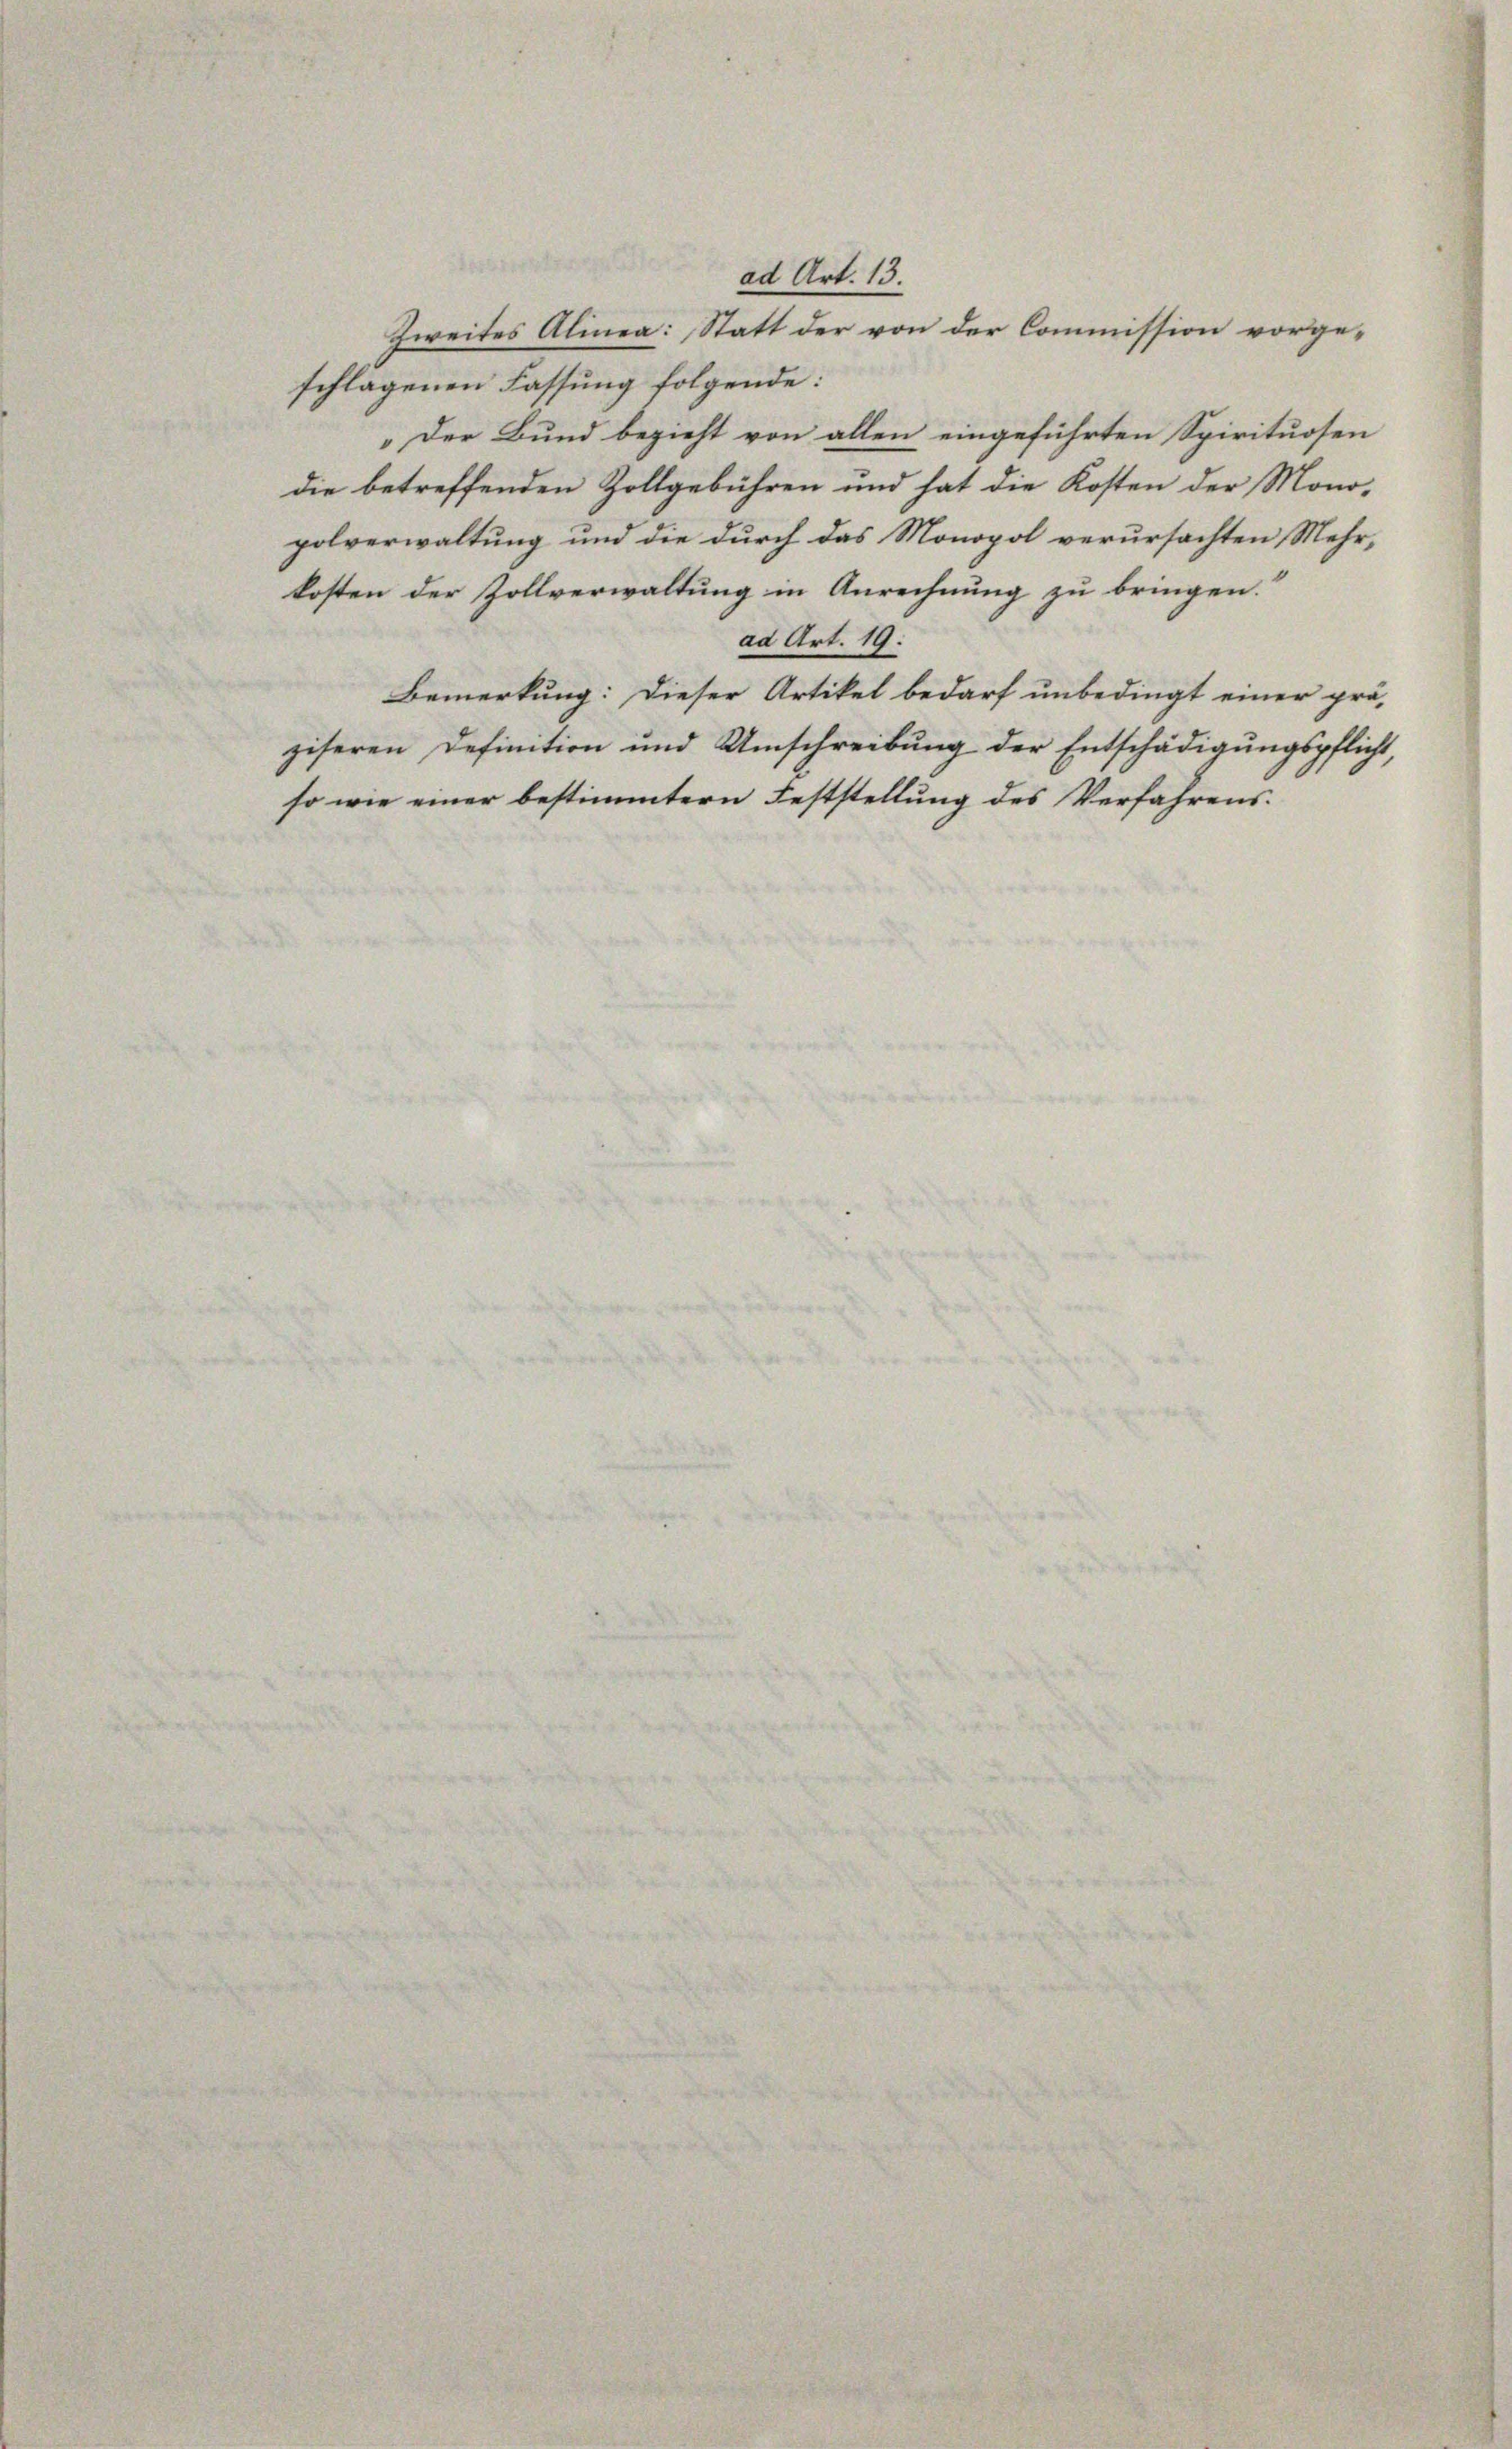
schlagenen Fassung folgende:
„Der Bund bezieht von allen eingeführten Spirituosen
die betreffenden Zollgebühren und hat die Kosten der Mono-
polverwaltung und die durch das Monopol verursachten Mehrkosten der Zollverwaltung in Anrechnung zu bringen.“
ad Art. 19.
Bemerkung: Dieser Artikel bedarf unbedingt einer prä-
ziseren Definition und Umschreibung der Entschädigungspflicht,
so wie einer bestimmtern Feststellung des Verfahrens.

ad Art. 13.
Zweites Alinea: Statt der von der Commission vorge-